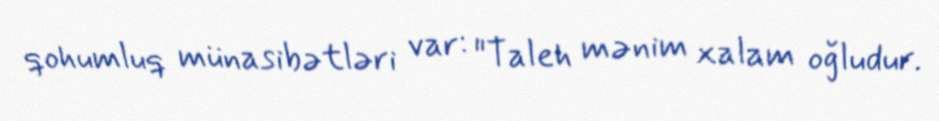
qohumluq münasibətləri var: "Taleh mənim xalam oğludur.